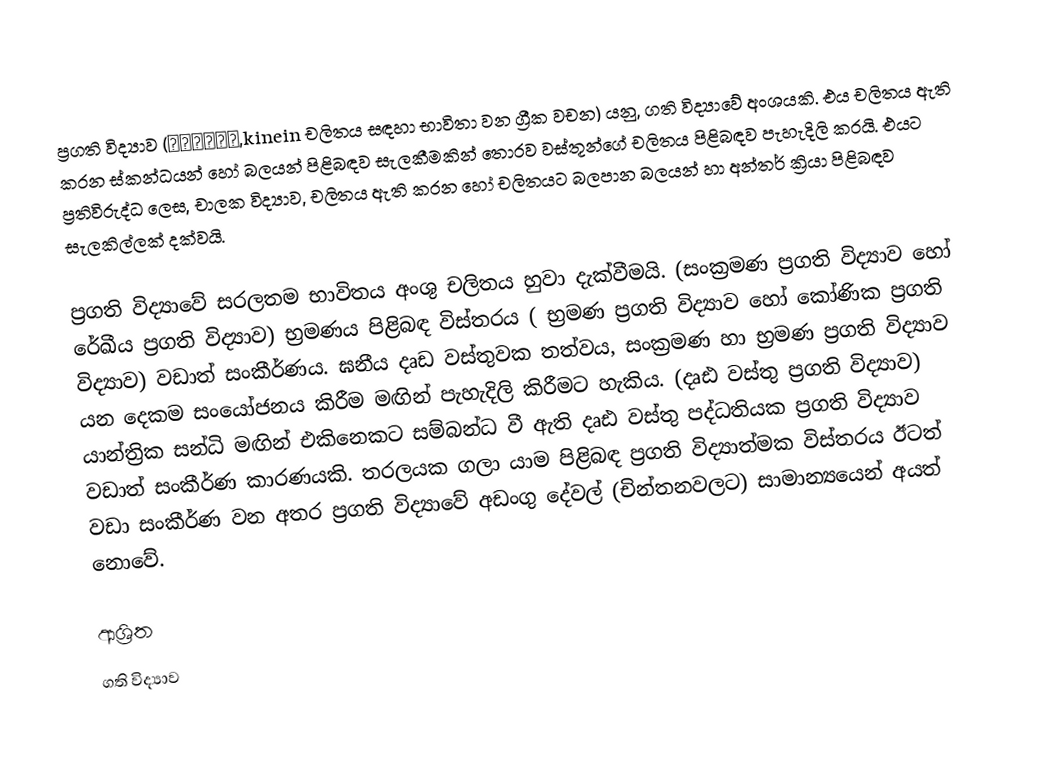
ප්‍රගති විද්‍යාව (κινειν,kinein චලිතය සඳහා භාවිතා වන ග්‍රීක  වචන) යනු, ගති විද්‍යාවේ අංශයකි. එය චලිතය ඇති කරන ස්කන්ධයන් හෝ බලයන් පිළිබඳව සැලකීමකින් තොරව වස්තූන්ගේ චලිතය පිළිබඳව පැහැදිලි කරයි. එයට ප්‍රතිවිරුද්ධ ලෙස, චාලක විද්‍යාව, චලිතය ඇති කරන හෝ චලිතයට බලපාන බලයන් හා අන්තර් ක්‍රියා පිළිබඳව සැලකිල්ලක් දක්වයි.

ප්‍රගති විද්‍යාවේ සරලතම භාවිතය අංශු චලිතය හුවා දැක්වීමයි. (සංක්‍රමණ ප්‍රගති විද්‍යා‍ව හෝ රේඛීය ප්‍රගති විද්‍යාව) භ්‍රමණය පිළිබඳ විස්තරය ( භ්‍රමණ ප්‍රගති විද්‍යාව හෝ කෝණික ප්‍රගති විද්‍යාව) වඩාත් සංකීර්ණය. ඝනීය දෘඩ වස්තුවක තත්වය, සංක්‍රමණ හා භ්‍රමණ ප්‍රගති විද්‍යාව යන දෙකම සංයෝජනය කිරීම මඟින් පැහැදිලි කිරීමට හැකිය. (දෘඪ වස්තු ප්‍රගති විද්‍යාව) යාන්ත්‍රික සන්ධි මඟින් එකිනෙකට සම්බන්ධ වී ඇති දෘඪ වස්තු පද්ධතියක ප්‍රගති විද්‍යාව වඩාත් සංකීර්ණ කාරණයකි. තරලයක ගලා යාම පිළිබඳ ප්‍රගති විද්‍යාත්මක විස්තරය ඊටත් වඩා සංකීර්ණ වන අතර ප්‍රගති විද්‍යාවේ ‍අඩංගු දේවල් (චින්තනවලට) සාමාන්‍යයෙන් අයත් නොවේ.

ආශ්‍රිත
 ගති විද්‍යාව